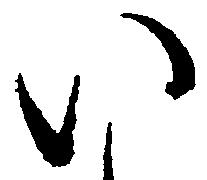
い